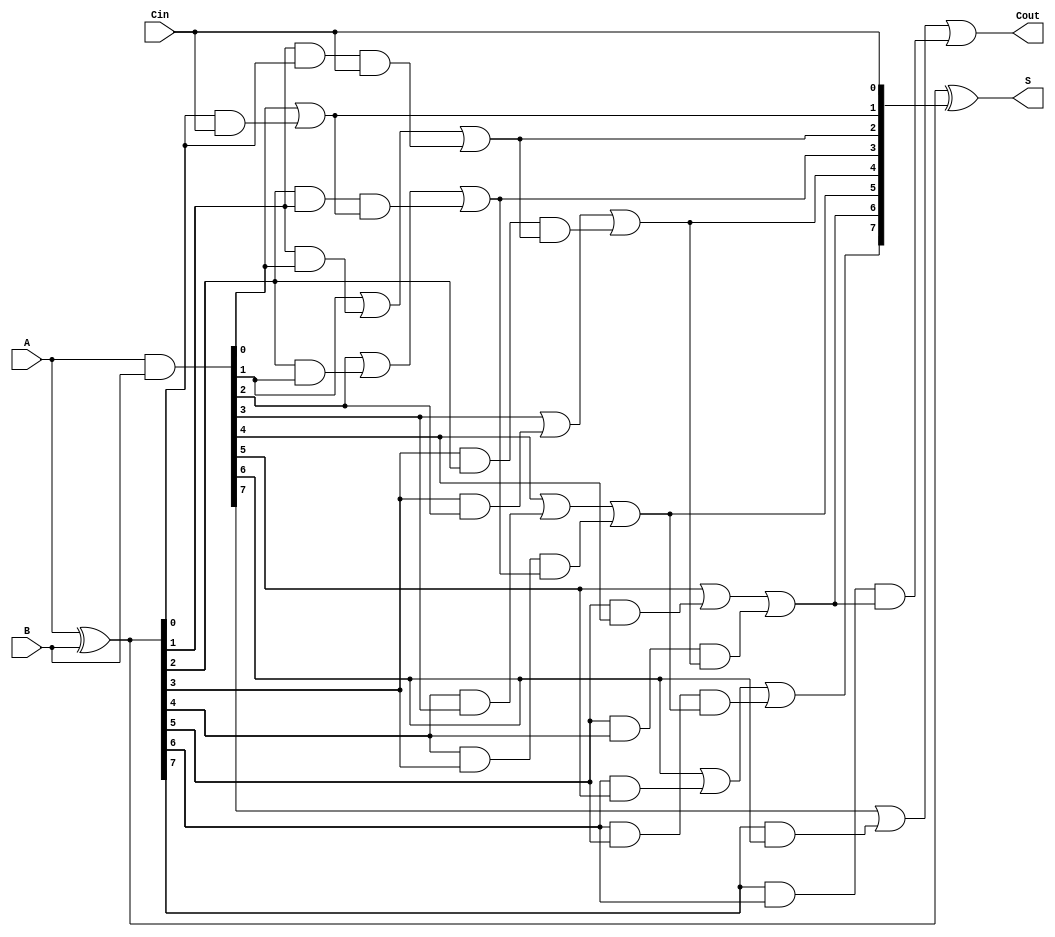
module Sklansky_Adder #(
    parameter N = 8 // Parameter for the number of bits
)(
    input  wire [N-1:0] A,   // First n-bit input
    input  wire [N-1:0] B,   // Second n-bit input
    input  wire Cin,          // Carry-in
    output wire [N-1:0] S,    // n-bit sum output
    output wire Cout          // Carry-out
);

    // Generate and Propagate signals
    wire [N-1:0] G; // Generate
    wire [N-1:0] P; // Propagate
    wire [N:0] C;   // Carry signals

    // Generate (G) and Propagate (P) calculations
    assign G = A & B;         // G[i] = A[i] & B[i]
    assign P = A ^ B;         // P[i] = A[i] ^ B[i]

    // Carry calculations using the Sklansky adder structure
    assign C[0] = Cin; // Carry-in for the first bit

    // Level 1 Carry Generation
    genvar i;
    generate
        for (i = 0; i < N; i = i + 1) begin : carry_gen
            if (i == 0) begin
                assign C[i + 1] = G[i] | (P[i] & C[i]); // C[1]
            end else if (i == 1) begin
                assign C[i + 1] = G[i] | (P[i] & G[0]) | (P[i] & P[0] & C[0]); // C[2]
            end else if (i >= 2) begin
                assign C[i + 1] = G[i] | (P[i] & G[i - 1]) | (P[i] & P[i-1] & C[i-1]); // General case
            end
        end
    endgenerate

    // Sum calculations
    assign S = P ^ C[N-1:0]; // S[i] = P[i] ^ C[i]

    // Final Carry-out
    assign Cout = C[N];

endmodule